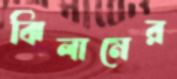
ঝিলামের